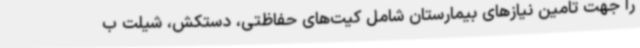
را جهت تامین نیازهای بیمارستان شامل کیت‌های حفاظتی، دستکش، شیلت ب